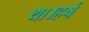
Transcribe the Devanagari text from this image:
था।हर्ष